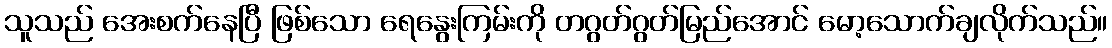
သူသည် အေးစက်နေပြီ ဖြစ်သော ရေနွေးကြမ်းကို တဂွတ်ဂွတ်မြည်အောင် မော့သောက်ချလိုက်သည်။